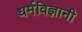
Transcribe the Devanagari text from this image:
धर्मविज्ञानी